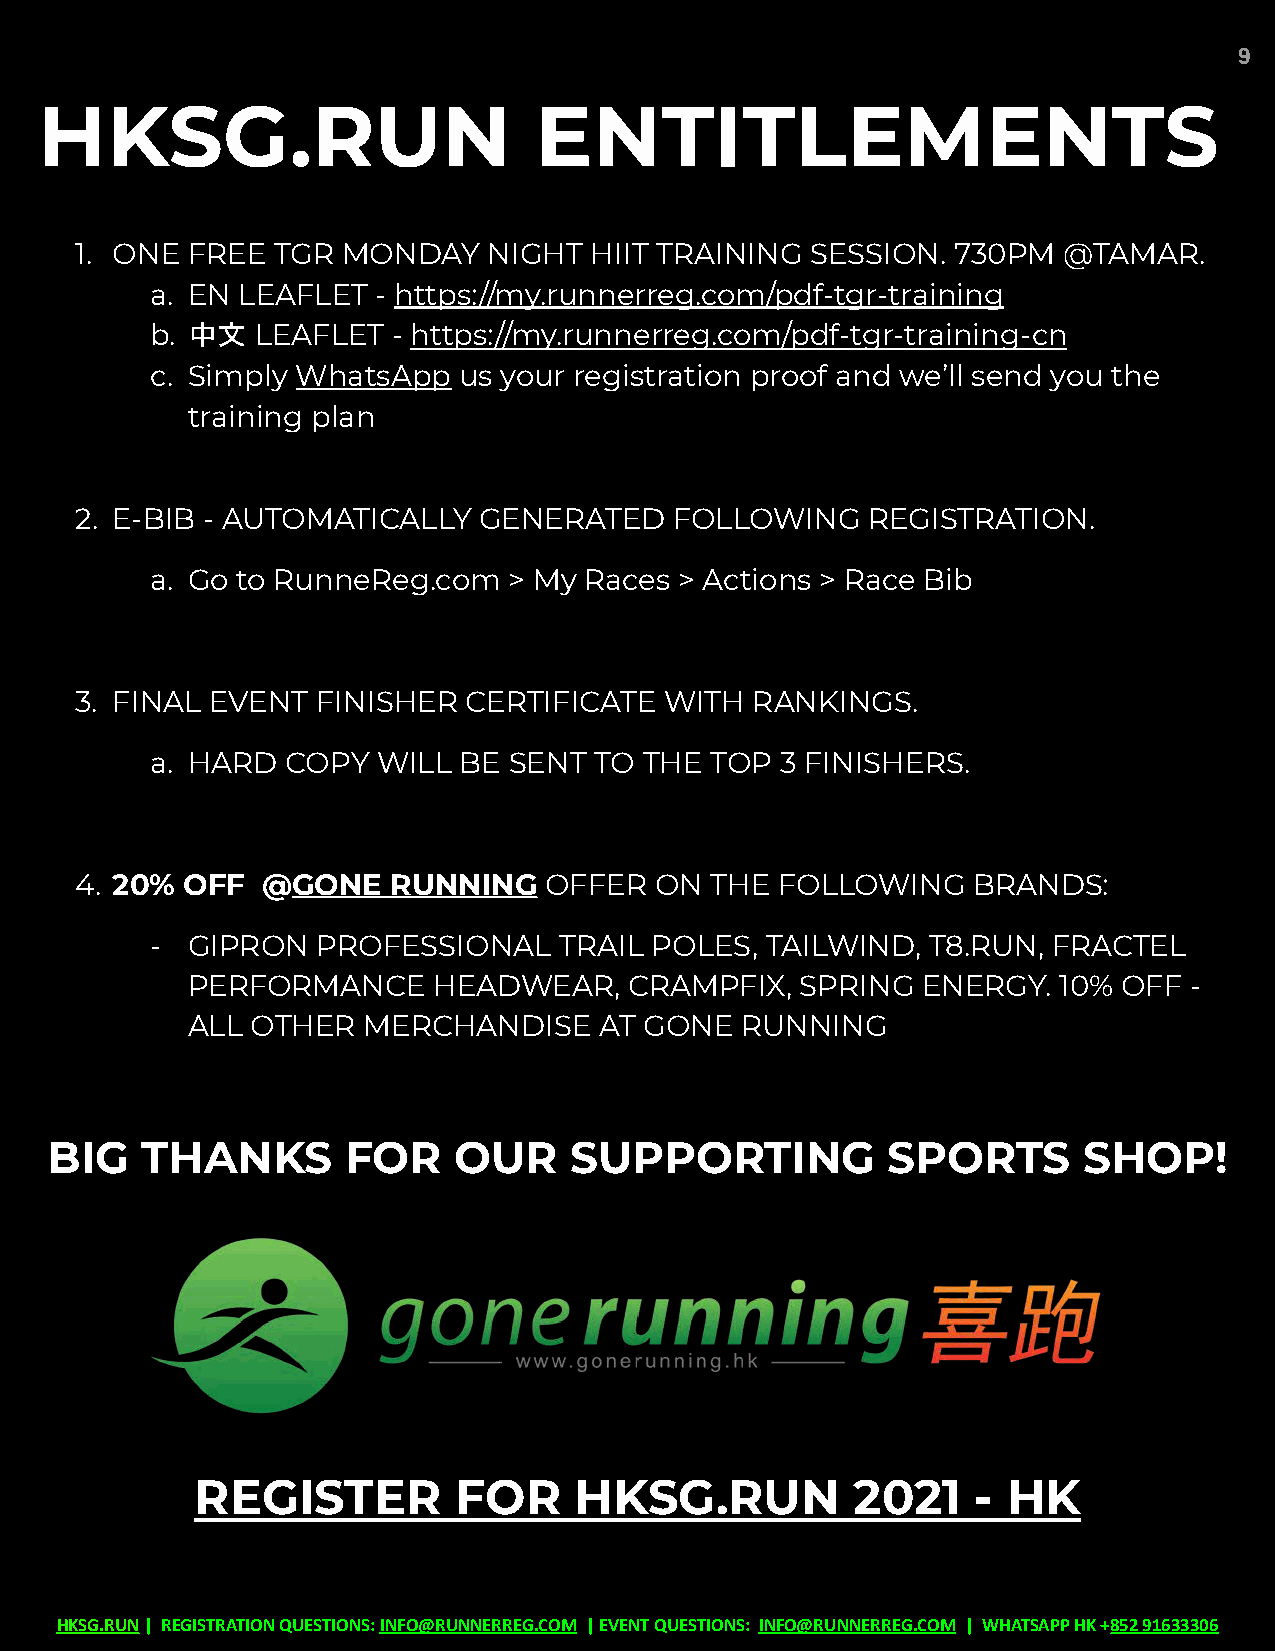
9
 HKSG.RUN                         ENTITLEMENTS
 1. ONE FREE  TGR  MONDAY   NIGHT  HIIT TRAINING  SESSION. 730PM  @TAMAR.
 a. EN LEAFLET  - https://my.runnerreg.com/pdf-tgr-training
 b. 中文  LEAFLET  - https://my.runnerreg.com/pdf-tgr-training-cn
 c. Simply WhatsApp  us your registration proof and we’ll send you the
 training plan
 2. E-BIB - AUTOMATICALLY   GENERATED    FOLLOWING   REGISTRATION.
 a. Go to RunneReg.com   > My Races > Actions > Race Bib
 3. FINAL EVENT  FINISHER  CERTIFICATE  WITH  RANKINGS.
 a. HARD  COPY  WILL BE  SENT TO  THE TOP  3 FINISHERS.
 4. 20% OFF  @GONE    RUNNING   OFFER  ON  THE  FOLLOWING   BRANDS:
 - GIPRON   PROFESSIONAL    TRAIL POLES,  TAILWIND, T8.RUN,  FRACTEL
 PERFORMANCE      HEADWEAR,    CRAMPFIX,  SPRING  ENERGY.  10% OFF  -
 ALL  OTHER  MERCHANDISE     AT GONE  RUNNING
 BIG   THANKS        FOR    OUR     SUPPORTING           SPORTS       SHOP!
 REGISTER         FOR     HKSG.RUN           2021    - HK
 HKSG.RUN| REGISTRATION QUESTIONS:INFO@RUNNERREG.COM | EVENT QUESTIONS: INFO@RUNNERREG.COM | WHATSAPPHK+852 91633306